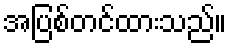
အပြစ်တင်ထားသည်။